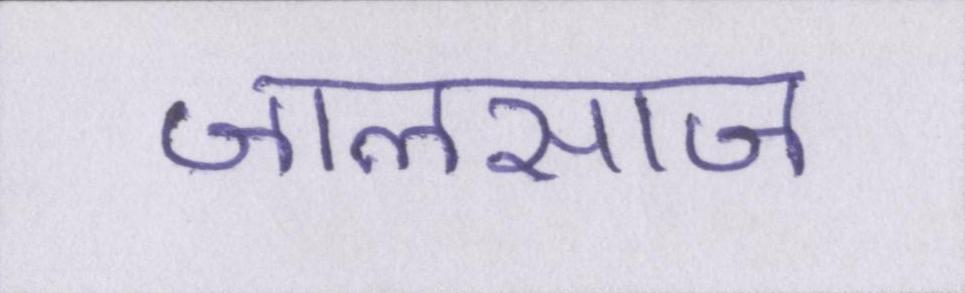
जालसाज